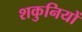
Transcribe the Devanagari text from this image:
शकुनियों